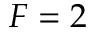
F = 2